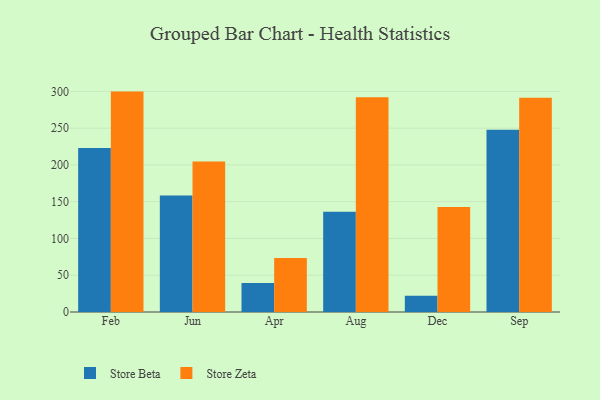
{"axis": {"x": "Month", "y": "Tickets Resolved"}, "legend": ["Store Beta", "Store Zeta"], "data": [{"x": "Feb", "y": 223.0, "type": "Store Beta"}, {"x": "Feb", "y": 299.7, "type": "Store Zeta"}, {"x": "Jun", "y": 158.4, "type": "Store Beta"}, {"x": "Jun", "y": 204.7, "type": "Store Zeta"}, {"x": "Apr", "y": 39.3, "type": "Store Beta"}, {"x": "Apr", "y": 73.4, "type": "Store Zeta"}, {"x": "Aug", "y": 136.2, "type": "Store Beta"}, {"x": "Aug", "y": 292.1, "type": "Store Zeta"}, {"x": "Dec", "y": 22.0, "type": "Store Beta"}, {"x": "Dec", "y": 142.8, "type": "Store Zeta"}, {"x": "Sep", "y": 247.8, "type": "Store Beta"}, {"x": "Sep", "y": 291.2, "type": "Store Zeta"}]}